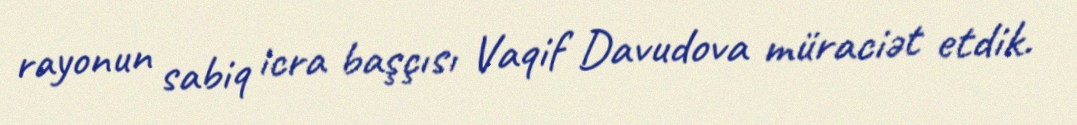
rayonun sabiq icra başçısı Vaqif Davudova müraciət etdik.